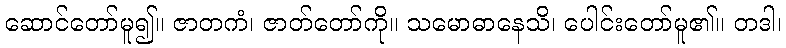
ဆောင်တော်မူ၍။ ဇာတကံ၊ ဇာတ်တော်ကို။ သမောဓာနေသိ၊ ပေါင်းတော်မူ၏။ တဒါ၊